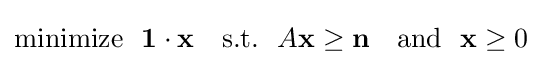
{\text{minimize}}~~\mathbf {1} \cdot \mathbf {x} ~~~{\text{s.t.}}~~A\mathbf {x} \geq \mathbf {n} ~~~{\text{and}}~~\mathbf {x} \geq 0